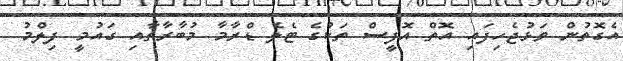
އެގޮތުން ވަޅުޖެހިފައި އޮތް އޮފީސް ތަކުގެ ޓެލެ ޑްރާމާ މުބާރާތާއި ގައުމީ ފިލްމު